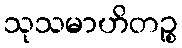
သုသမာဟိတဉ္စ